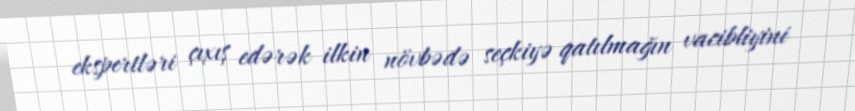
ekspertləri çıxış edərək ilkin növbədə seçkiyə qatılmağın vacibliyini